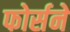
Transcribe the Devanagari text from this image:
फोर्सने